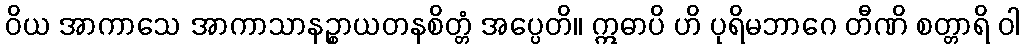
ဝိယ အာကာသေ အာကာသာနဉ္စာယတနစိတ္တံ အပ္ပေတိ။ ဣဓာပိ ဟိ ပုရိမဘာဂေ တီဏိ စတ္တာရိ ဝါ